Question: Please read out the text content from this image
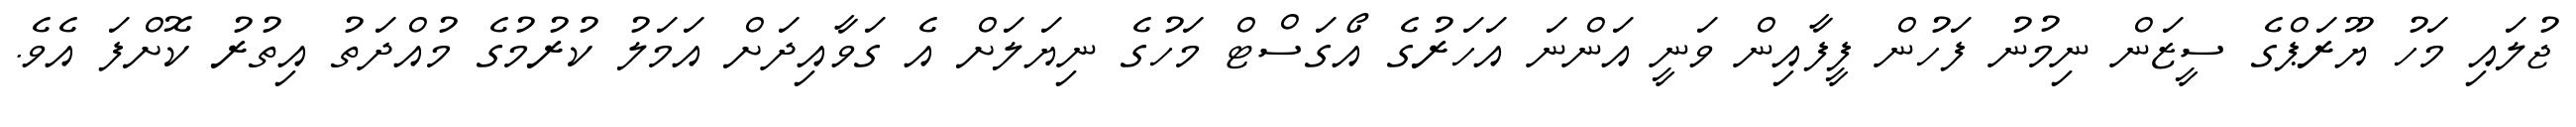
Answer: ޖުލައި މަހު ޔޫރަޕްގެ ސީޒަން ނިމުނު ފަހުން ފީފާއިން ވަނީ އަންނަ އަހަރުގެ އޯގަސްޓް މަހުގެ ނިޔަލަށް އެ ގަވާއިދަށް އަމަލު ކުރުމުގެ މުއްދަތު އިތުރު ކޮށްފަ އެވެ.